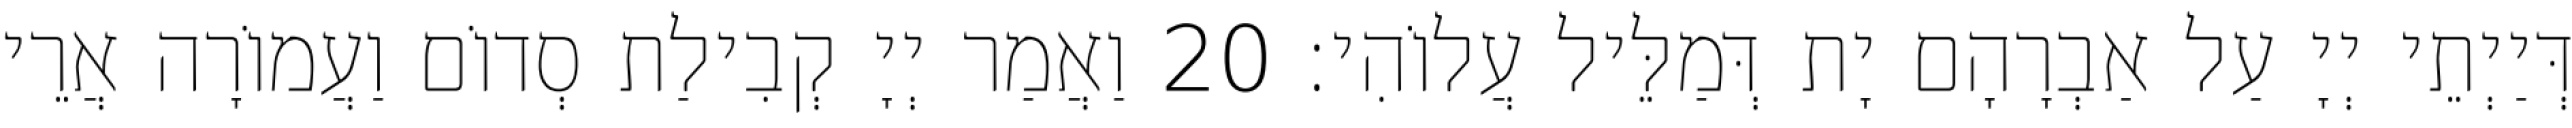
דְּיַיְתֵי יְיָ עַל אַבְרָהָם יָת דְּמַלֵּיל עֲלוֹהִי׃ 20 וַאֲמַר יְיָ קְבִילַת סְדוֹם וַעֲמוֹרָה אֲרֵי